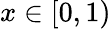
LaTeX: x\in[0,1)